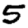
Digit: 5